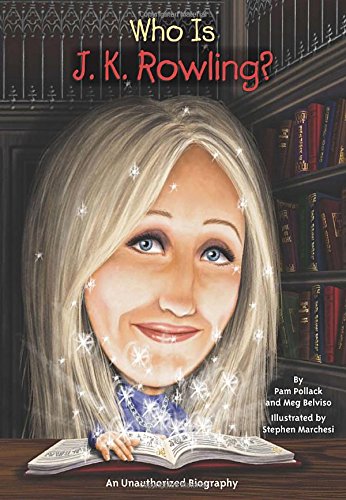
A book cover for Who is J.K. Rowling?; Pamela D. Pollack; Children's Books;